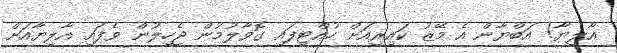
އާލިޔާ! އަބްޔާން އެ މޭޒު ކައިރިއަށް ހުއްޓިފައި ގޮވާލުމުން ޖެހިލުން ވެފައި އާލިޔާއަށް